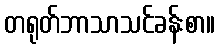
တရုတ်ဘာသာသင်ခန်းစာ။